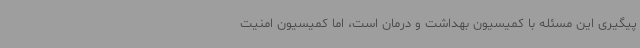
پیگیری این مسئله با کمیسیون بهداشت و درمان است، اما کمیسیون امنیت